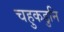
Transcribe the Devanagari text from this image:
चहुकडुनि